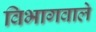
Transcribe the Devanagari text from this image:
विभागवाले